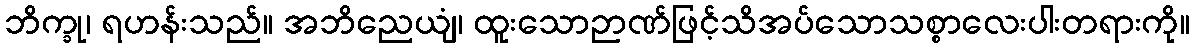
ဘိက္ခု၊ ရဟန်းသည်။ အဘိညေယျံ၊ ထူးသောဉာဏ်ဖြင့်သိအပ်သောသစ္စာလေးပါးတရားကို။